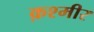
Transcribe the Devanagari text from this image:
क़श्मीर